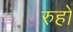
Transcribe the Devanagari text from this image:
रुहो